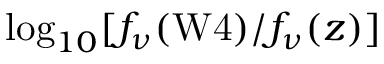
\log _ { 1 0 } [ f _ { \nu } ( \mathrm { W 4 } ) / f _ { \nu } ( z ) ]